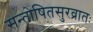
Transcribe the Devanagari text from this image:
सन्तोषितसुरव्रातः